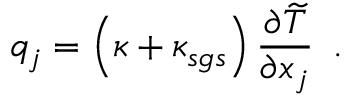
{ q } _ { j } = \left( \kappa + { \kappa } _ { s g s } \right) \frac { \partial \widetilde { T } } { \partial x _ { j } } \, \mathrm { ~ . ~ }